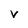
Character: V